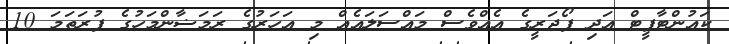
ކައުންޓާފީޓް އަދި ފޯޖަރީގެ އެއްވެސް މައްސަލައެއް މި އަހަރުގެ ރަމަޟާންމަހުގެ ފުރަތަމަ 10